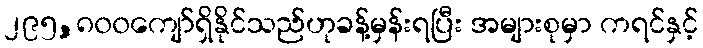
၂၉၅,၈၀၀ကျော်ရှိနိုင်သည်ဟုခန့်မှန်းရပြီး အများစုမှာ ကရင်နှင့်